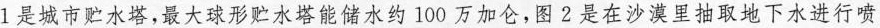
1是城市贮水塔，最大球形贮水塔能储水约100万加仑，图2是在沙漠里抽取地下水进行喷